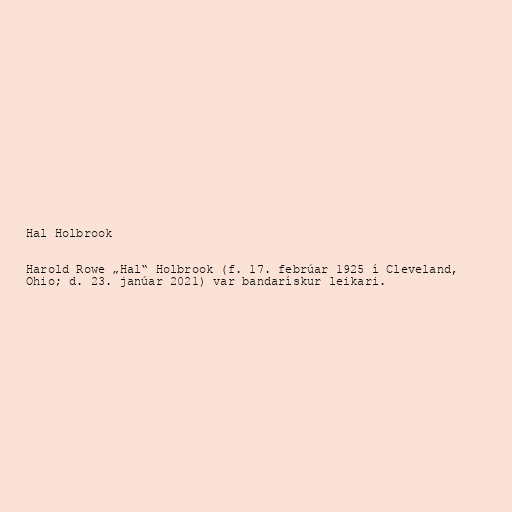
Hal Holbrook

Harold Rowe „Hal“ Holbrook (f. 17. febrúar 1925 í Cleveland,
Ohio; d. 23. janúar 2021) var bandarískur leikari.